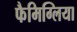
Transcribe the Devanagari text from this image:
फैमिग्लिया